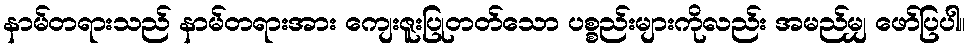
နာမ်တရားသည် နာမ်တရားအား ကျေးဇူးပြုတတ်သော ပစ္စည်းများကိုလည်း အမည်မျှ ဖော်ပြပါ။